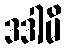
ဒဒါမိ